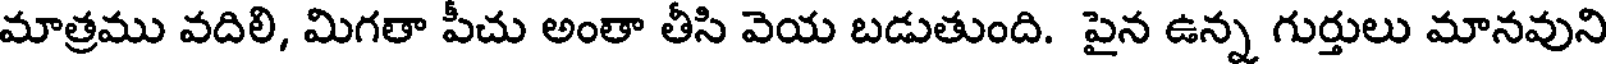
మాత్రము వదిలి, మిగతా పీచు అంతా తీసి వెయ బడుతుంది. పైన ఉన్న గుర్తులు మానవుని